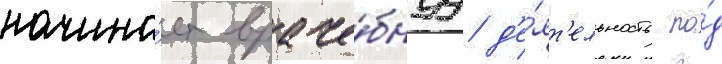
начина́ет враче́бнуу д'е́ят'ельность по́д